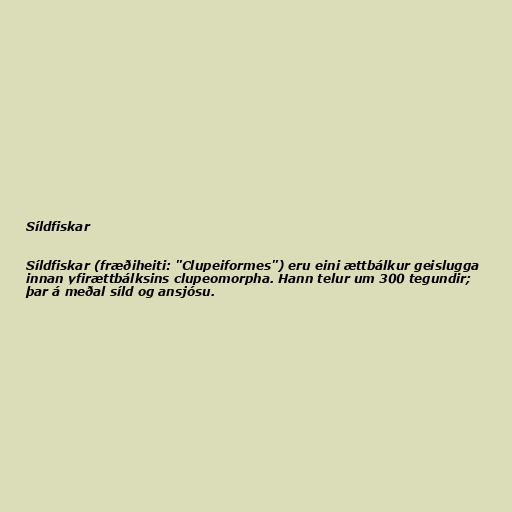
Síldfiskar

Síldfiskar (fræðiheiti: "Clupeiformes") eru eini ættbálkur geislugga
innan yfirættbálksins clupeomorpha. Hann telur um 300 tegundir;
þar á meðal síld og ansjósu.